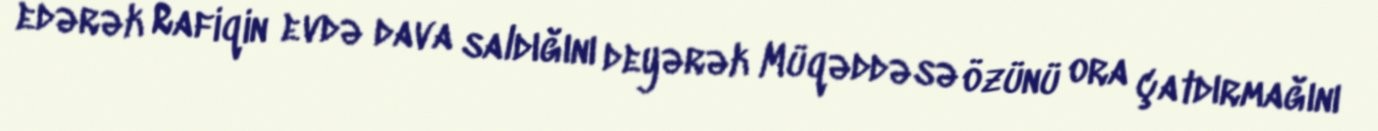
edərək Rafiqin evdə dava saldığını deyərək Müqəddəsə özünü ora çatdırmağını